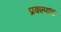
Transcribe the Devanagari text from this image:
प्रक्ल्पात